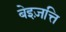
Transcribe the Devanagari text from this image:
बेइज़त्ति